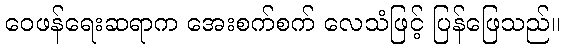
ဝေဖန်ရေးဆရာက အေးစက်စက် လေသံဖြင့် ပြန်ဖြေသည်။